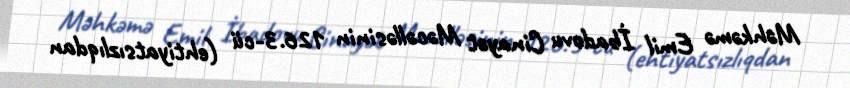
Məhkəmə Emil İbadovu Cinayət Məcəlləsinin 126.3-cü (ehtiyatsızlıqdan